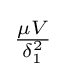
{\tfrac {\mu V}{\delta _{1}^{2}}}\,\!